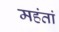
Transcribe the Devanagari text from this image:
महंतां